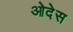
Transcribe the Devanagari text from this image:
ओदेस